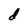
Character: d